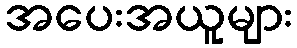
အပေးအယူများ